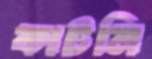
কাটনি